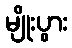
မျိုးပွား